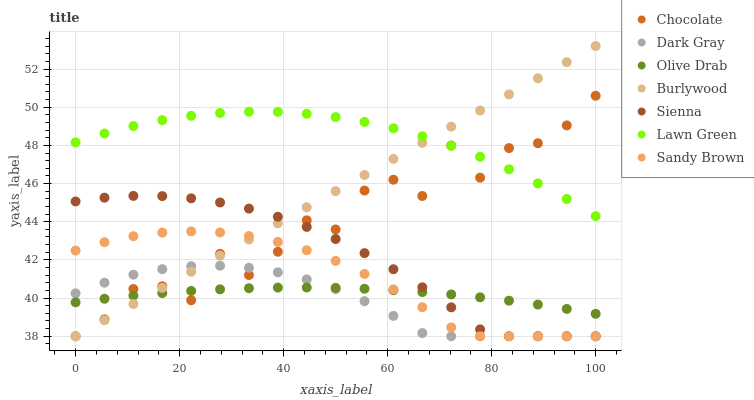
| xaxis_label | Chocolate | Dark Gray | Olive Drab | Burlywood | Sienna | Lawn Green | Sandy Brown |
 | --- | --- | --- | --- | --- | --- | --- | --- |
 | 0 | 38 | 40.2 | 39.8 | 38 | 45.1 | 48.2 | 42.5 |
 | 5.56 | 38.9 | 40.8 | 40 | 38.8 | 45.3 | 48.6 | 42.9 |
 | 11.1 | 40.5 | 41.2 | 40.1 | 39.7 | 45.4 | 49 | 43.2 |
 | 16.7 | 40.6 | 41.5 | 40.3 | 40.5 | 45.3 | 49.3 | 43.4 |
 | 22.2 | 39.9 | 41.7 | 40.4 | 41.4 | 45.2 | 49.5 | 43.5 |
 | 27.8 | 42.3 | 41.7 | 40.5 | 42.2 | 45 | 49.7 | 43.4 |
 | 33.3 | 41.2 | 41.6 | 40.5 | 43.1 | 44.7 | 49.8 | 43.3 |
 | 38.9 | 42.4 | 41.3 | 40.5 | 43.9 | 44.3 | 49.8 | 42.9 |
 | 44.4 | 44.1 | 41 | 40.6 | 44.8 | 43.7 | 49.7 | 42.5 |
 | 50 | 43.6 | 40.5 | 40.5 | 45.6 | 43.1 | 49.5 | 41.9 |
 | 55.6 | 45.6 | 39.8 | 40.5 | 46.4 | 42.4 | 49.2 | 41.3 |
 | 61.1 | 46.2 | 39.1 | 40.4 | 47.3 | 41.5 | 48.9 | 40.5 |
 | 66.7 | 45.3 | 38.2 | 40.3 | 48.1 | 40.6 | 48.5 | 39.5 |
 | 72.2 | 48 | 38 | 40.2 | 49 | 39.5 | 48 | 38.5 |
 | 77.8 | 46.3 | 38 | 40 | 49.8 | 38.4 | 47.4 | 38 |
 | 83.3 | 47.9 | 38 | 39.9 | 50.7 | 38 | 46.7 | 38 |
 | 88.9 | 48.1 | 38 | 39.7 | 51.5 | 38 | 46 | 38 |
 | 94.4 | 49 | 38 | 39.4 | 52.4 | 38 | 45.2 | 38 |
 | 100 | 50.6 | 38 | 39.2 | 53.2 | 38 | 44.3 | 38 |